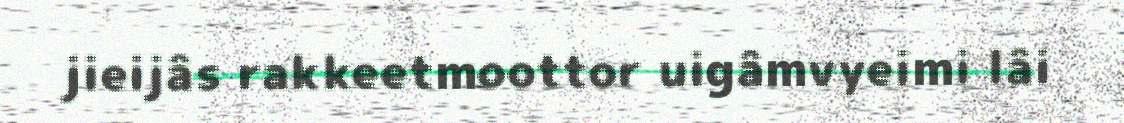
jieijâs rakkeetmoottor uigâmvyeimi lâi